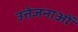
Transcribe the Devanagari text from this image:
उत्तेजनाआें